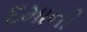
દમાની